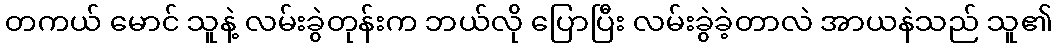
တကယ် မောင် သူနဲ့ လမ်းခွဲတုန်းက ဘယ်လို ပြောပြီး လမ်းခွဲခဲ့တာလဲ အာယနဲသည် သူ၏